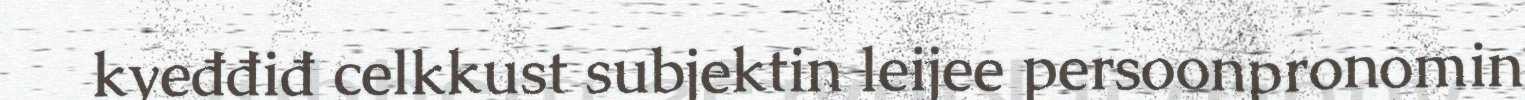
kyeđđiđ celkkust subjektin leijee persoonpronomin